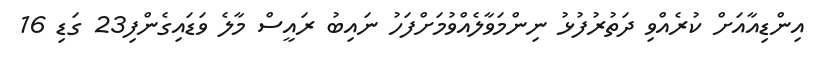
އިންޑިއާއަށް ކުރެއްވި ދަތުރުފުޅު ނިންމަވާލެއްވުމަށްފަހު ނައިބު ރައީސް މާލެ ވަޑައިގެންފި23 ގަޑި 16